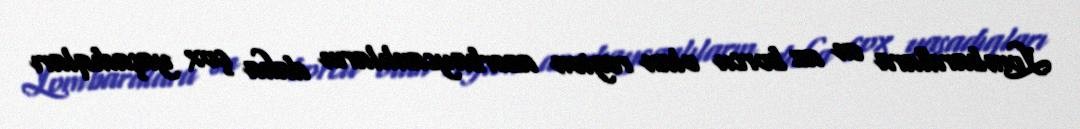
Lombardlara ən az borcu olan region azərbaycanlıların daha çox yaşadıqları